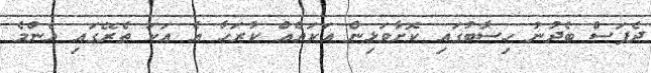
ދެފަސް ބެދުނު ހިސާބުގައި ކޮށާވަޅިން އަކައެއް ކުރަހާ އެ އަކަ ތެރޭގައި އެންމެ